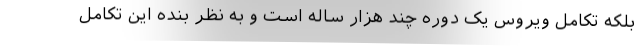
بلکه تکامل ویروس یک دوره چند هزار ساله است و به نظر بنده این تکامل